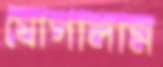
যোগালাম